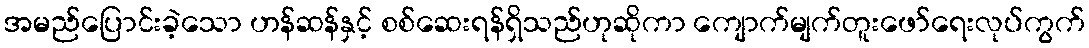
အမည်ပြောင်းခဲ့သော ဟန်ဆန်နှင့် စစ်ဆေးရန်ရှိသည်ဟုဆိုကာ ကျောက်မျက်တူးဖော်ရေးလုပ်ကွက်